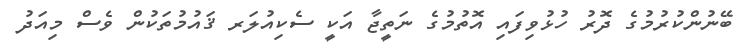
ބޭނުންކުރުމުގެ ދޮރު ހުޅުވިފައި އޮތުމުގެ ނަތީޖާ އަކީ ސެކިއުލަރ ޤައުމުތަކުން ވެސް މިއަދު